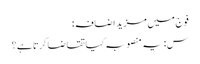
فوج میں مزید اضافہ:
س: یہ منصوبہ کیا تقاضا کرتا ہے؟